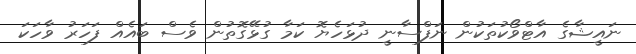
ނައީޝާގެ އާޓްވޯކުތަކުން ނަފްސާނީ ދުޅަހެޔޮ ކަމާ ގުޅޭގޮތުން ވެސް ބައެއް ފަހަރު ވާހަކަ